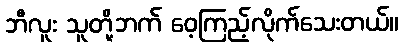
ဘီလူး သူတို့ဘက် ဝေ့ကြည့်လိုက်သေးတယ်။